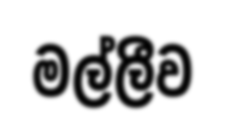
මල්ලීව